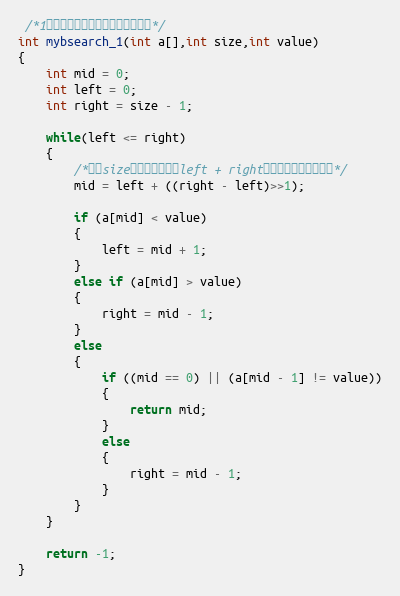
Language: C
 /*1、查找第一个等于给定数值的元素*/
int mybsearch_1(int a[],int size,int value)
{
	int mid = 0;
	int left = 0;
	int right = size - 1;

	while(left <= right)
	{
		/*防止size数量太大是，（left + right）数据翻转，导致问题*/
		mid = left + ((right - left)>>1);

		if (a[mid] < value)
		{
			left = mid + 1;
		}
		else if (a[mid] > value)
		{
			right = mid - 1;
		}
		else
		{
			if ((mid == 0) || (a[mid - 1] != value))
			{
                return mid;
			}
			else
			{
				right = mid - 1;
			}
		}
	}

	return -1;
}